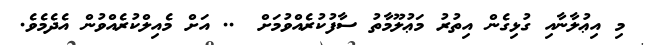
މި އިޢުލާނާއި ގުޅިގެން އިތުރު މަޢުލޫމާތު ސާފުކުރެއްވުމަށް @.. އަށް މެއިލްކުރެއްވުން އެދެމެވެ.